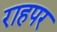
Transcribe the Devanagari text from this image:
राहपर